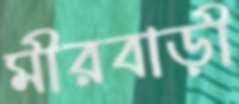
মীরবাড়ী